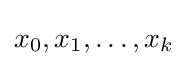
x_{0},x_{1},\dots ,x_{k}